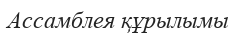
Ассамблея құрылымы